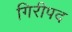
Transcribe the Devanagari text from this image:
गिरीपद